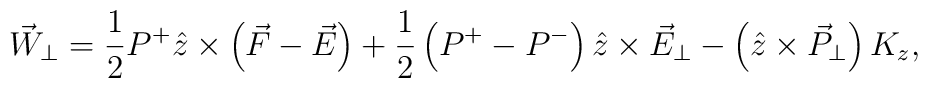
\vec{W}_{\perp}=\frac{1}{2}P^+\hat{z}\times\left(\vec{F}-\vec{E}\right)+\frac{1}{2}\left(P^+-P^-\right)\hat{z}\times\vec{E}_{\perp}-\left(\hat{z}\times\vec{P}_{\perp}\right)K_z,